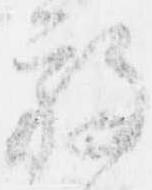
放